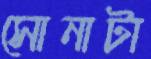
সোনাটা